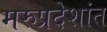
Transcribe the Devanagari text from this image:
मरुप्रदेशांत